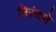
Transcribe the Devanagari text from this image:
निरंजणे